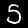
Digit: 5